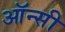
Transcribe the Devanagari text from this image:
ऑन्सी